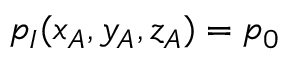
p _ { I } ( x _ { A } , y _ { A } , z _ { A } ) = p _ { 0 }